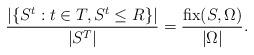
LaTeX: \begin{align*} \frac{| \{ S^t: t \in T, S^t \le R \} |}{|S^T|} = \frac{\operatorname{fix}(S, \Omega) }{| \Omega |}.\end{align*}